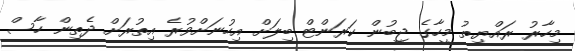
މިހާރު ރައްޔިތު މީހާގެ ޖީބުން ކަރަންޓް ބިލަށް އިހުނަށްވުރެ އިތުރަށް ދެތިން ހާސް